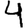
Digit: 4